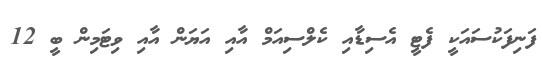
ފަނިފަކުސައަކީ ފެޓީ އެސިޑާއި ކެލްސިއަމް އާއި އަޔަން އާއި ވިޓަމިން ބީ 12